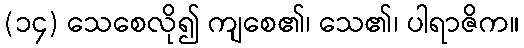
(၁၄) သေစေလို၍ ကျစေ၏၊ သေ၏၊ ပါရာဇိက။